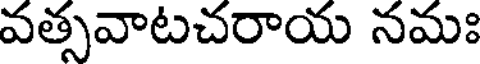
వత్సవాటచరాయ నమః